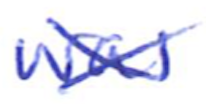
Text: was
Cross-out: cross
Writing tool: ballpoint